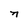
Character: n